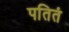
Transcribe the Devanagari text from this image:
पतितं